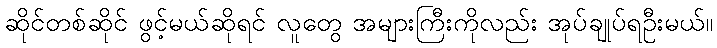
ဆိုင်တစ်ဆိုင် ဖွင့်မယ်ဆိုရင် လူတွေ အများကြီးကိုလည်း အုပ်ချုပ်ရဦးမယ်။